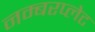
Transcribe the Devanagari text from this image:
नम्बरप्लेट